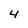
Character: 4